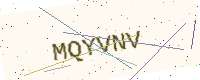
Text: MQYVNV